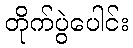
တိုက်ပွဲပေါင်း